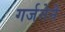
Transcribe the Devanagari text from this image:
गर्जनेने